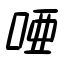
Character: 唖